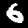
Label: 6